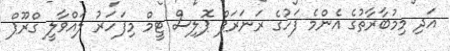
އަދި މިމުބާރާތުގެ އެންމެ ފަހުގެ ރަނަރަޕް ޕޮލިސް ޓީމް މިފަހަރު ލައްވާލީ ގްރޫޕް